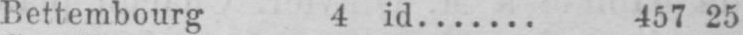
Bettembourg 4 id....... 457 25